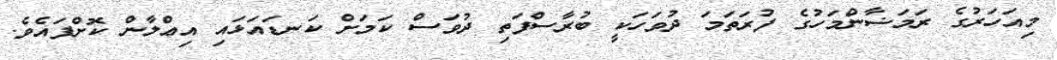
މިއަހަރުގެ ރަމަޟާންމަހުގެ ފުރަތަމަ ދުވަހަކީ ބުރާސްފަތި ދުވަސް ކަމަށް ކަނޑައަޅައި އިޢްލާން ކޮށްފައެވެ.